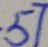
5 7